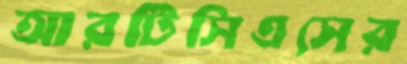
আরটিসিএসের